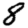
Digit: 8